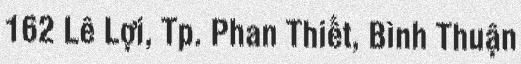
162 Lê Lợi, Tp. Phan Thiết, Bình Thuận